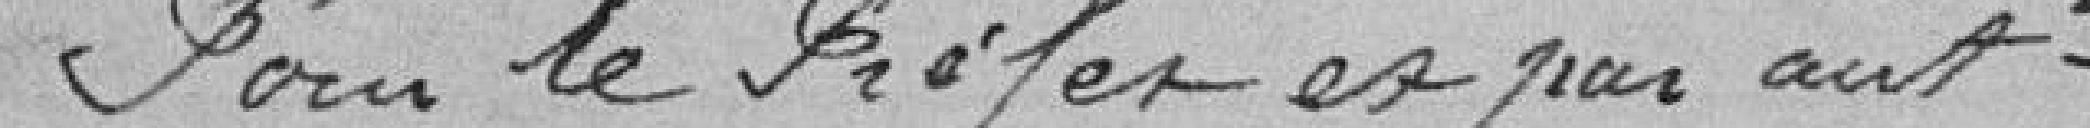
Pour le Préfet et par autorisation